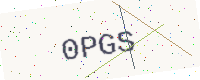
Text: 0PGS